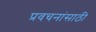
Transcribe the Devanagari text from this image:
प्रवचनांसाठी